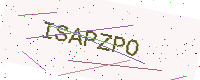
Text: ISAPZPO